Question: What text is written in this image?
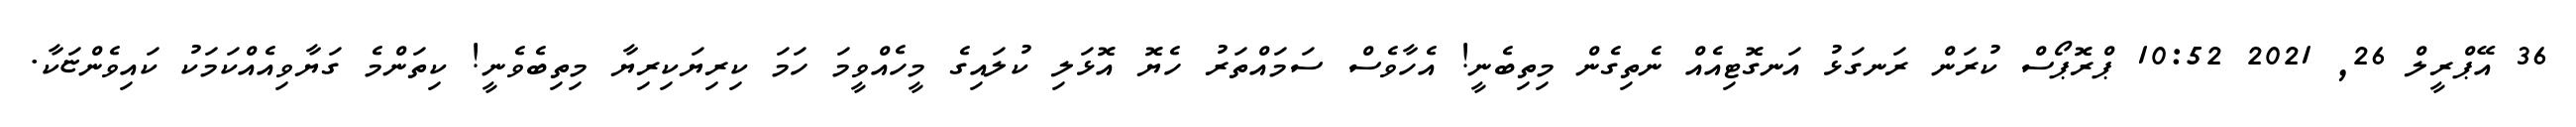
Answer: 36 އޭޕްރީލް 26, 2021 10:52 ޕްރޮޕޯސް ކުރަން ރަނގަޅު އަނގޮޓިއެއް ނެތިގެން މިތިބެނީ! އެހާވެސް ސަމައްތަރު ހެޔޮ އޮޅަލި ކުލައިގެ މީހެއްވީމަ ހަމަ ކިރިޔަކިރިޔާ މިތިބެވެނީ! ކިތަންމެ ގަޔާވިއެއްކަމަކު ކައިވެންޏަކާ.